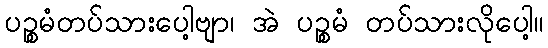
ပဉ္စမံတပ်သားပေါ့ဗျာ၊ အဲ ပဉ္စမံ တပ်သားလိုပေါ့။